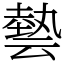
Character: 㙯